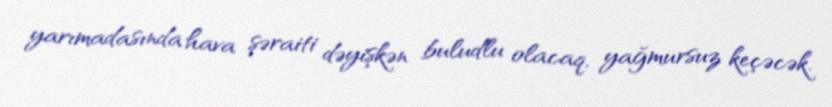
yarımadasında hava şəraiti dəyişkən buludlu olacaq, yağmursuz keçəcək.